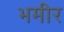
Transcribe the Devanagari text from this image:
भमीर